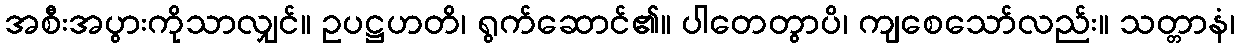
အစီးအပွားကိုသာလျှင်။ ဥပဋ္ဌဟတိ၊ ရွက်ဆောင်၏။ ပါတေတွာပိ၊ ကျစေသော်လည်း။ သတ္တာနံ၊